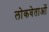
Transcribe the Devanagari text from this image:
लोकवेताओं